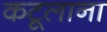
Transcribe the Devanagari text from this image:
कटूलाना